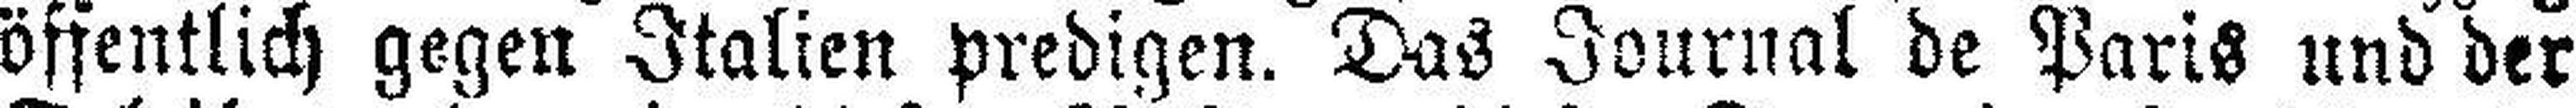
öffentlich gegen Italien predigen. Das Journal de Paris und der